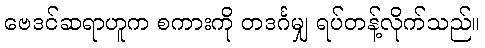
ဗေဒင်ဆရာဟူက စကားကို တဒင်္ဂမျှ ရပ်တန့်လိုက်သည်။